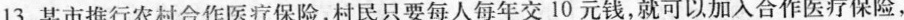
13.某市推行农村合作医疗保险，村民只要每人每年交10元钱，就可以加入合作医疗保险，